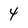
Character: 4